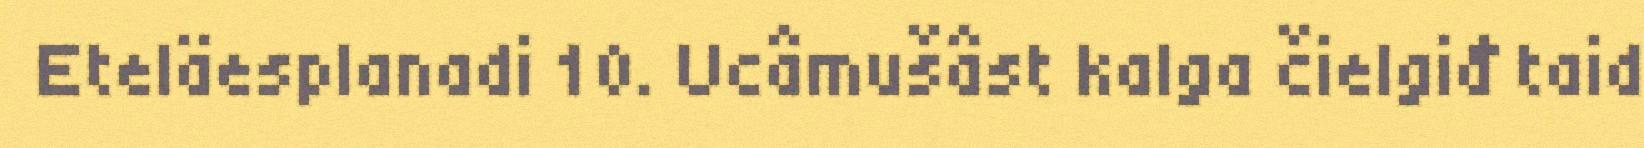
Eteläesplanadi 10. Ucâmušâst kalga čielgiđ taid